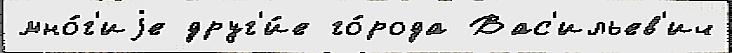
мно́г'иjе друг'и́е го́рода Вас'ильев'ич